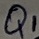
Text: Q1